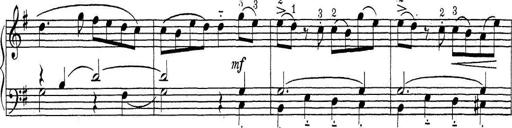
Title: ÄŒeskÃ© Sonatiny
Composer: Various